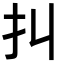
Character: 㧃